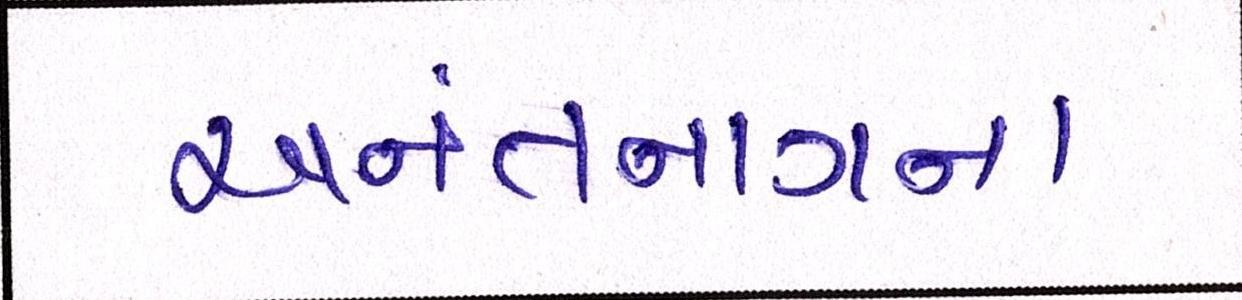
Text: અનંતનાગના